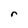
Character: r